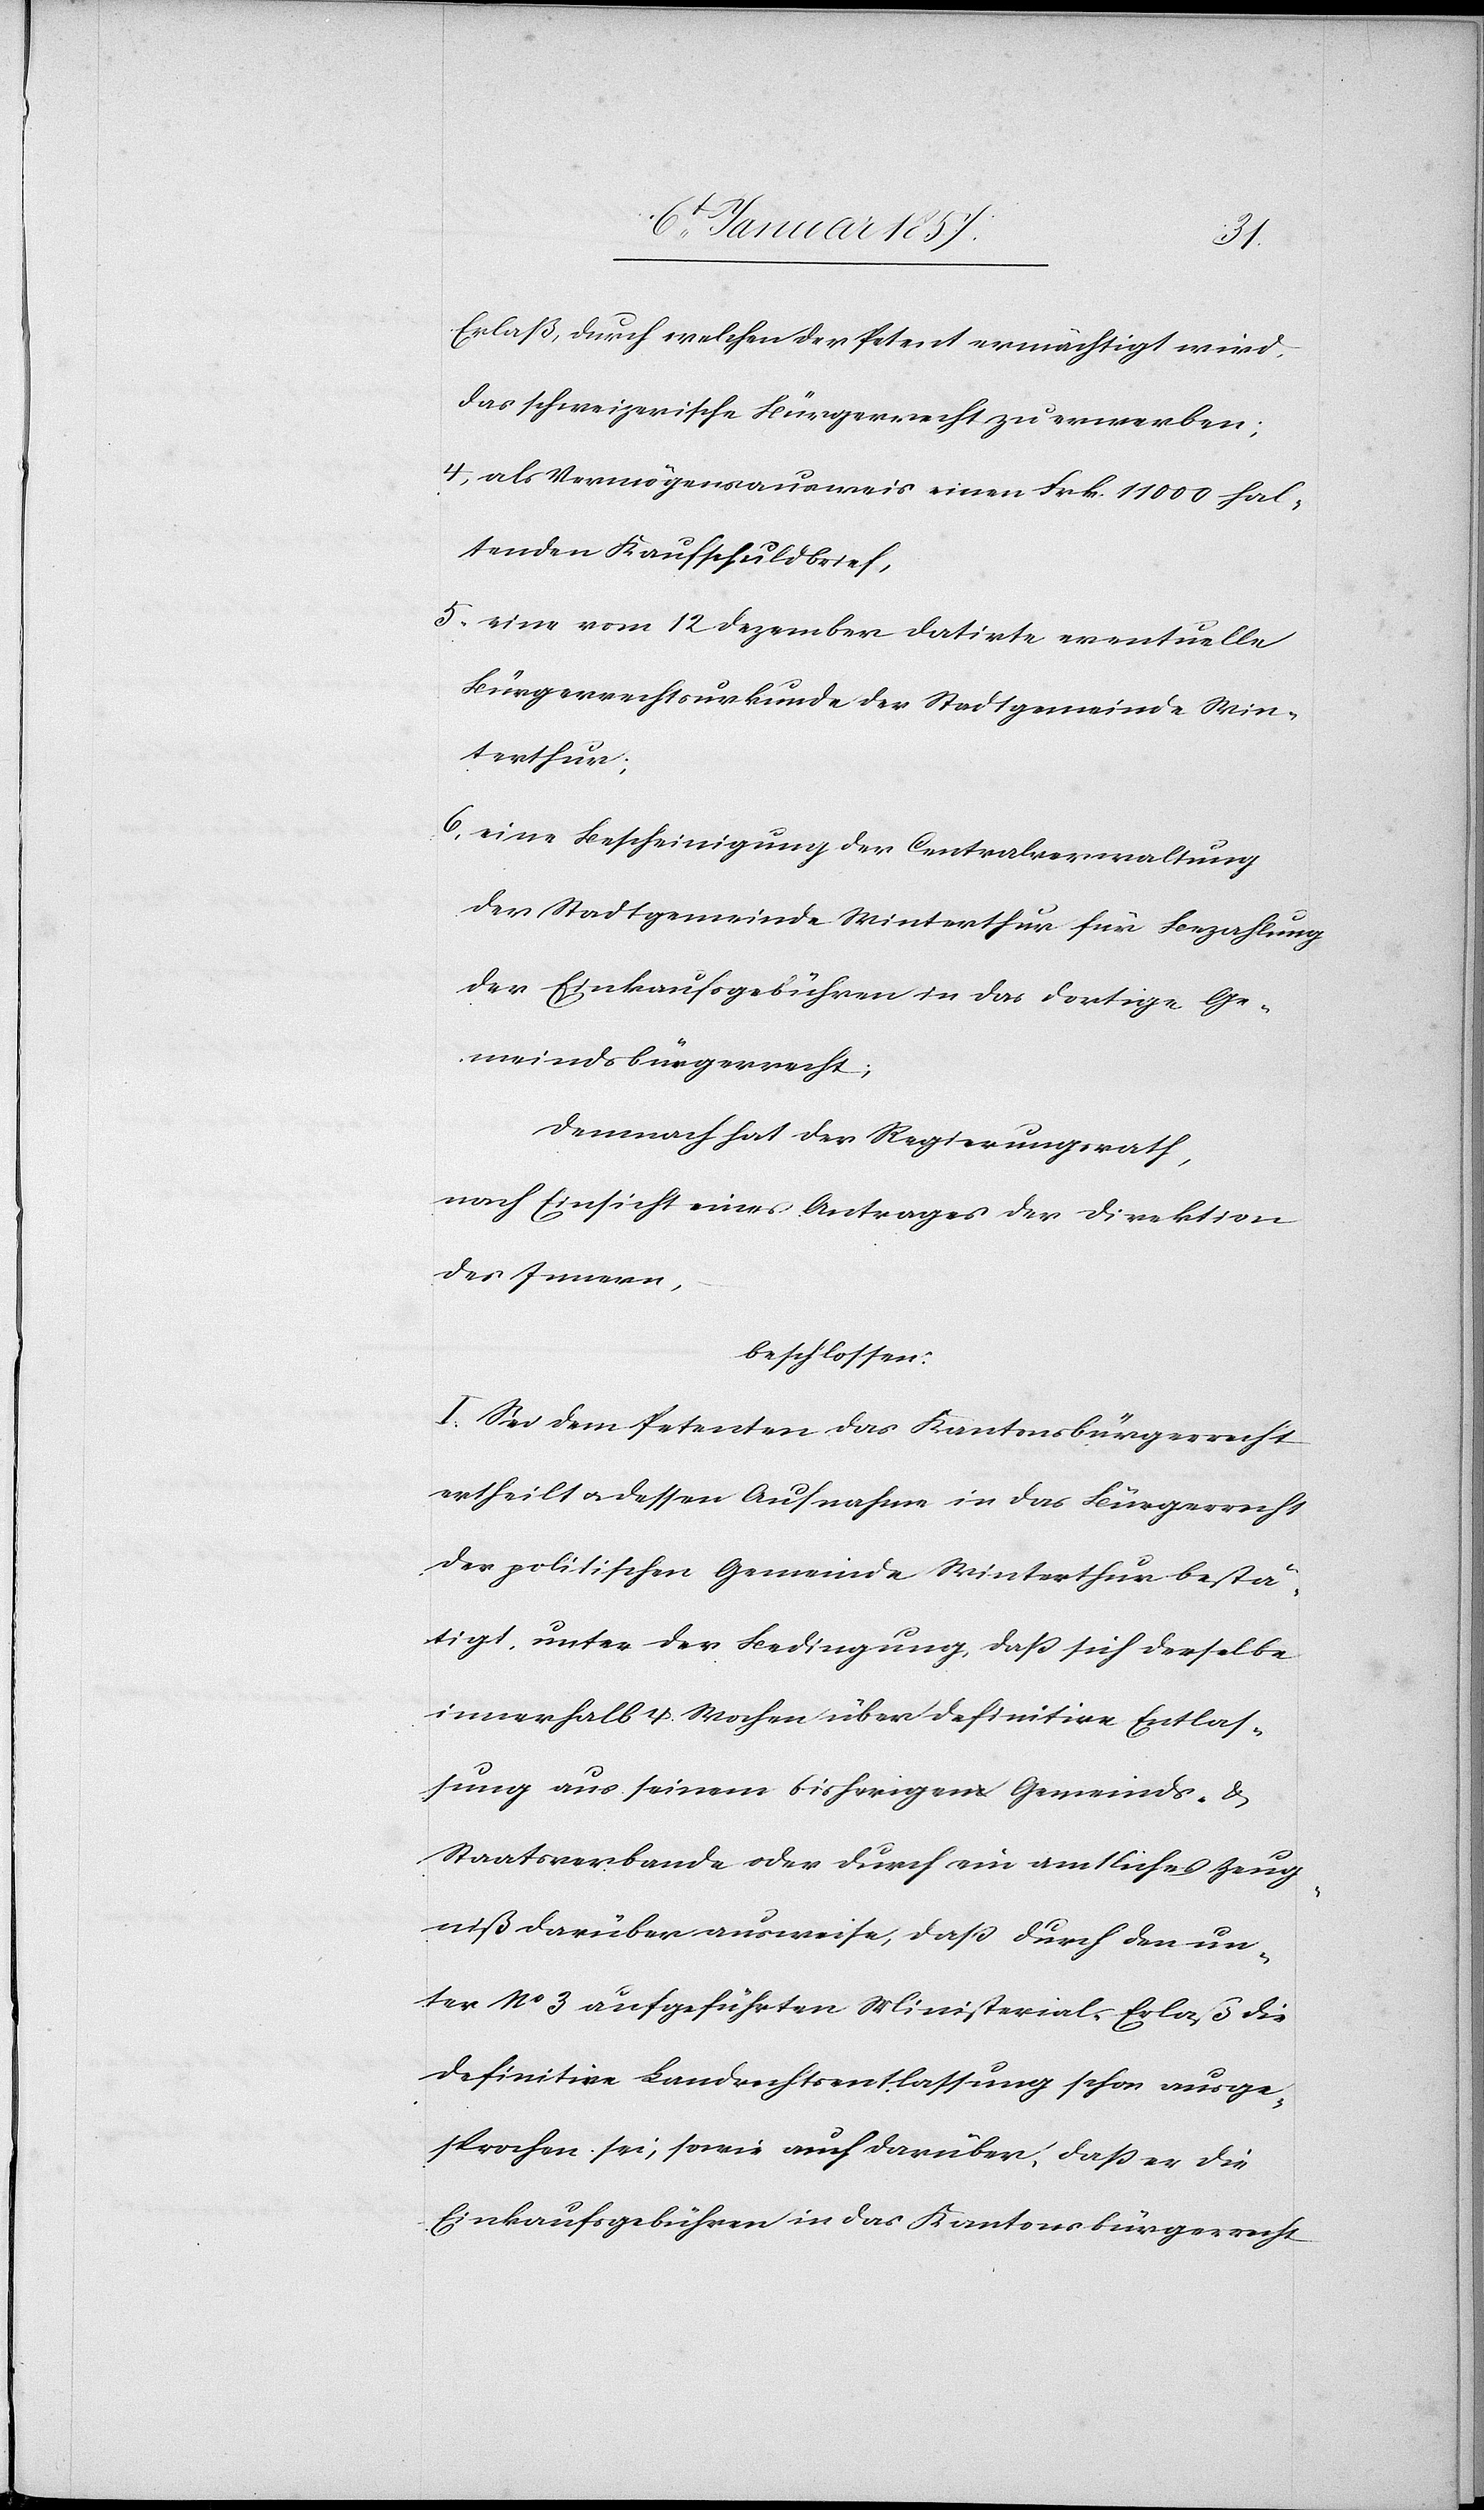
Erlaß, durch welchen der Petent ermächtigt wird,
das schweizerische Bürgerrecht zu erwerben;
4, als Vermögensausweis einen Frk. 11 000 hal¬
tenden Kaufschuldbrief,
5. eine vom 12 Dezember datirte eventuelle
Bürgerrechtsurkunde der Stadtgemeinde Win¬
terthur;
6. eine Bescheinigung der Cantonalverwaltung
der Stadtgemeinde Winterthur für Bezahlung
der Einkaufsgebühren in das dortige Ge¬
meindsbürgerrecht;
Demnach hat der Regierungsrath,
nach Einsicht eines Antrages der Direktion
des Innern,
beschlossen:
I. Sei dem Petenten das Kantonsbürgerrecht
ertheilt u. dessen Aufnahme in das Bürgerrecht
der politischen Gemeinde Winterthur bestä¬
tigt, unter der Bedingung, daß sich derselbe
innerhalb 4. Wochen über definitive Entlas¬
sung aus seinem bisherigen Gemeinds- &
Staatsverbande oder durch ein amtliches Zeug¬
niß darüber ausweise, daß durch den un¬
ter No. 3 aufgeführten Ministerial-Erlaß die
definitive Landrechtsentlassung schon ausge¬
sprochen sei; sowie auch darüber, daß er die
Einkaufsgebühren in das Kantonsbürgerrecht